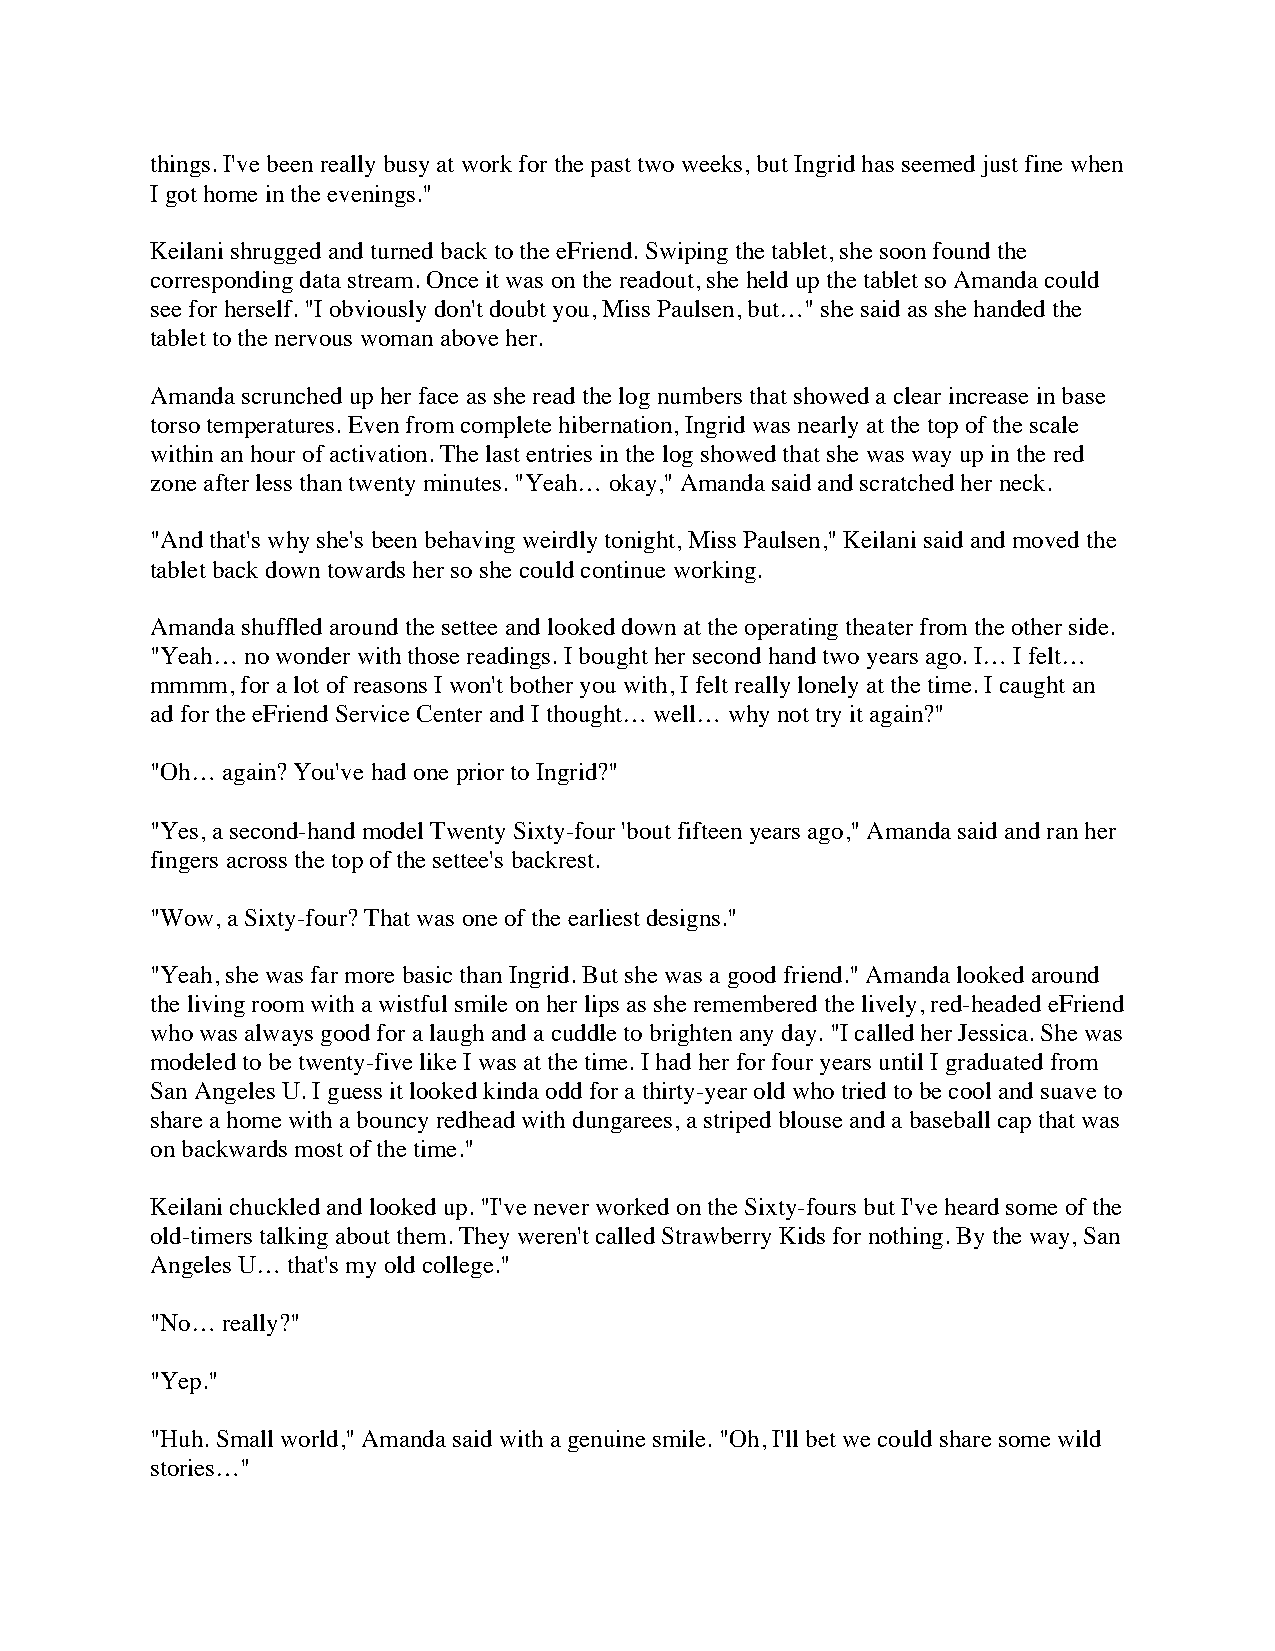
things. I've been really busy at work for the past two weeks, but Ingrid has seemed just fine when
 I got home in the evenings."
 Keilani shrugged and turned back to the eFriend. Swiping the tablet, she soon found the
 corresponding data stream. Once it was on the readout, she held up the tablet so Amanda could
 see for herself. "I obviously don't doubt you, Miss Paulsen, but…" she said as she handed the
 tablet to the nervous woman above her.
 Amanda scrunched up her face as she read the log numbers that showed a clear increase in base
 torso temperatures. Even from complete hibernation, Ingrid was nearly at the top of the scale
 within an hour of activation. The last entries in the log showed that she was way up in the red
 zone after less than twenty minutes. "Yeah… okay," Amanda said and scratched her neck.
 "And that's why she's been behaving weirdly tonight, Miss Paulsen," Keilani said and moved the
 tablet back down towards her so she could continue working.
 Amanda shuffled around the settee and looked down at the operating theater from the other side.
 "Yeah… no wonder with those readings. I bought her second hand two years ago. I… I felt…
 mmmm, for a lot of reasons I won't bother you with, I felt really lonely at the time. I caught an
 ad for the eFriend Service Center and I thought… well… why not try it again?"
 "Oh… again? You've had one prior to Ingrid?"
 "Yes, a second-hand model Twenty Sixty-four 'bout fifteen years ago," Amanda said and ran her
 fingers across the top of the settee's backrest.
 "Wow, a Sixty-four? That was one of the earliest designs."
 "Yeah, she was far more basic than Ingrid. But she was a good friend." Amanda looked around
 the living room with a wistful smile on her lips as she remembered the lively, red-headed eFriend
 who was always good for a laugh and a cuddle to brighten any day. "I called her Jessica. She was
 modeled to be twenty-five like I was at the time. I had her for four years until I graduated from
 San Angeles U. I guess it looked kinda odd for a thirty-year old who tried to be cool and suave to
 share a home with a bouncy redhead with dungarees, a striped blouse and a baseball cap that was
 on backwards most of the time."
 Keilani chuckled and looked up. "I've never worked on the Sixty-fours but I've heard some of the
 old-timers talking about them. They weren't called Strawberry Kids for nothing. By the way, San
 Angeles U… that's my old college."
 "No… really?"
 "Yep."
 "Huh. Small world," Amanda said with a genuine smile. "Oh, I'll bet we could share some wild
 stories…"